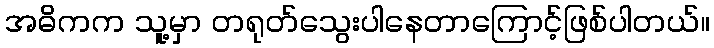
အဓိကက သူ့မှာ တရုတ်သွေးပါနေတာကြောင့်ဖြစ်ပါတယ်။